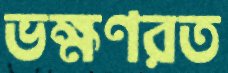
ভক্ষণরত